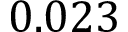
0 . 0 2 3